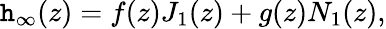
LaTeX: \mathtt{h}_{\infty}(z)=f(z)J_{1}(z)+g(z)N_{1}(z),